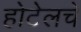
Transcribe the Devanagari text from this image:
होटेलचे